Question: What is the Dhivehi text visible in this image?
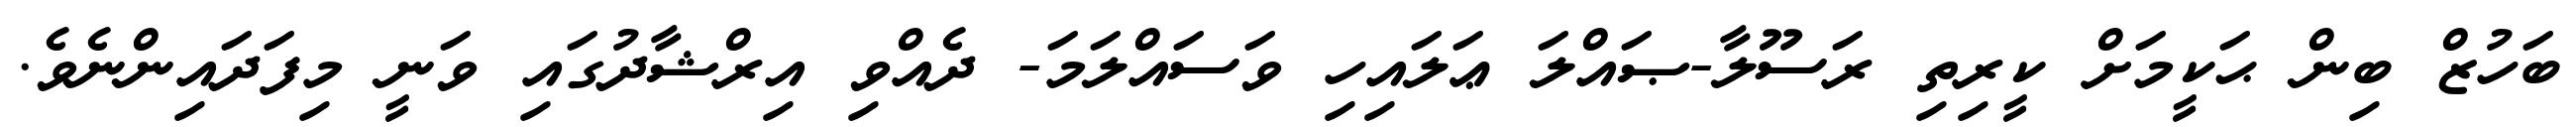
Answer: ބަހުޒް ބިން ޙަކީމަށް ކީރިތި ރަސޫލާ-ޞައްލަ ޢަލައިހި ވަސައްލަމަ- ދެއްވި އިރްޝާދުގައި ވަނީ މިފަދައިންނެވެ.